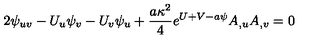
2 \psi _ { u v } - U _ { u } \psi _ { v } - U _ { v } \psi _ { u } + { \frac { a \kappa ^ { 2 } } { 4 } } e ^ { U + V - a \psi } A _ { , u } A _ { , v } = 0